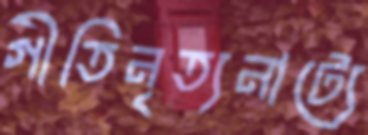
গীতিনৃত্যনাট্যে